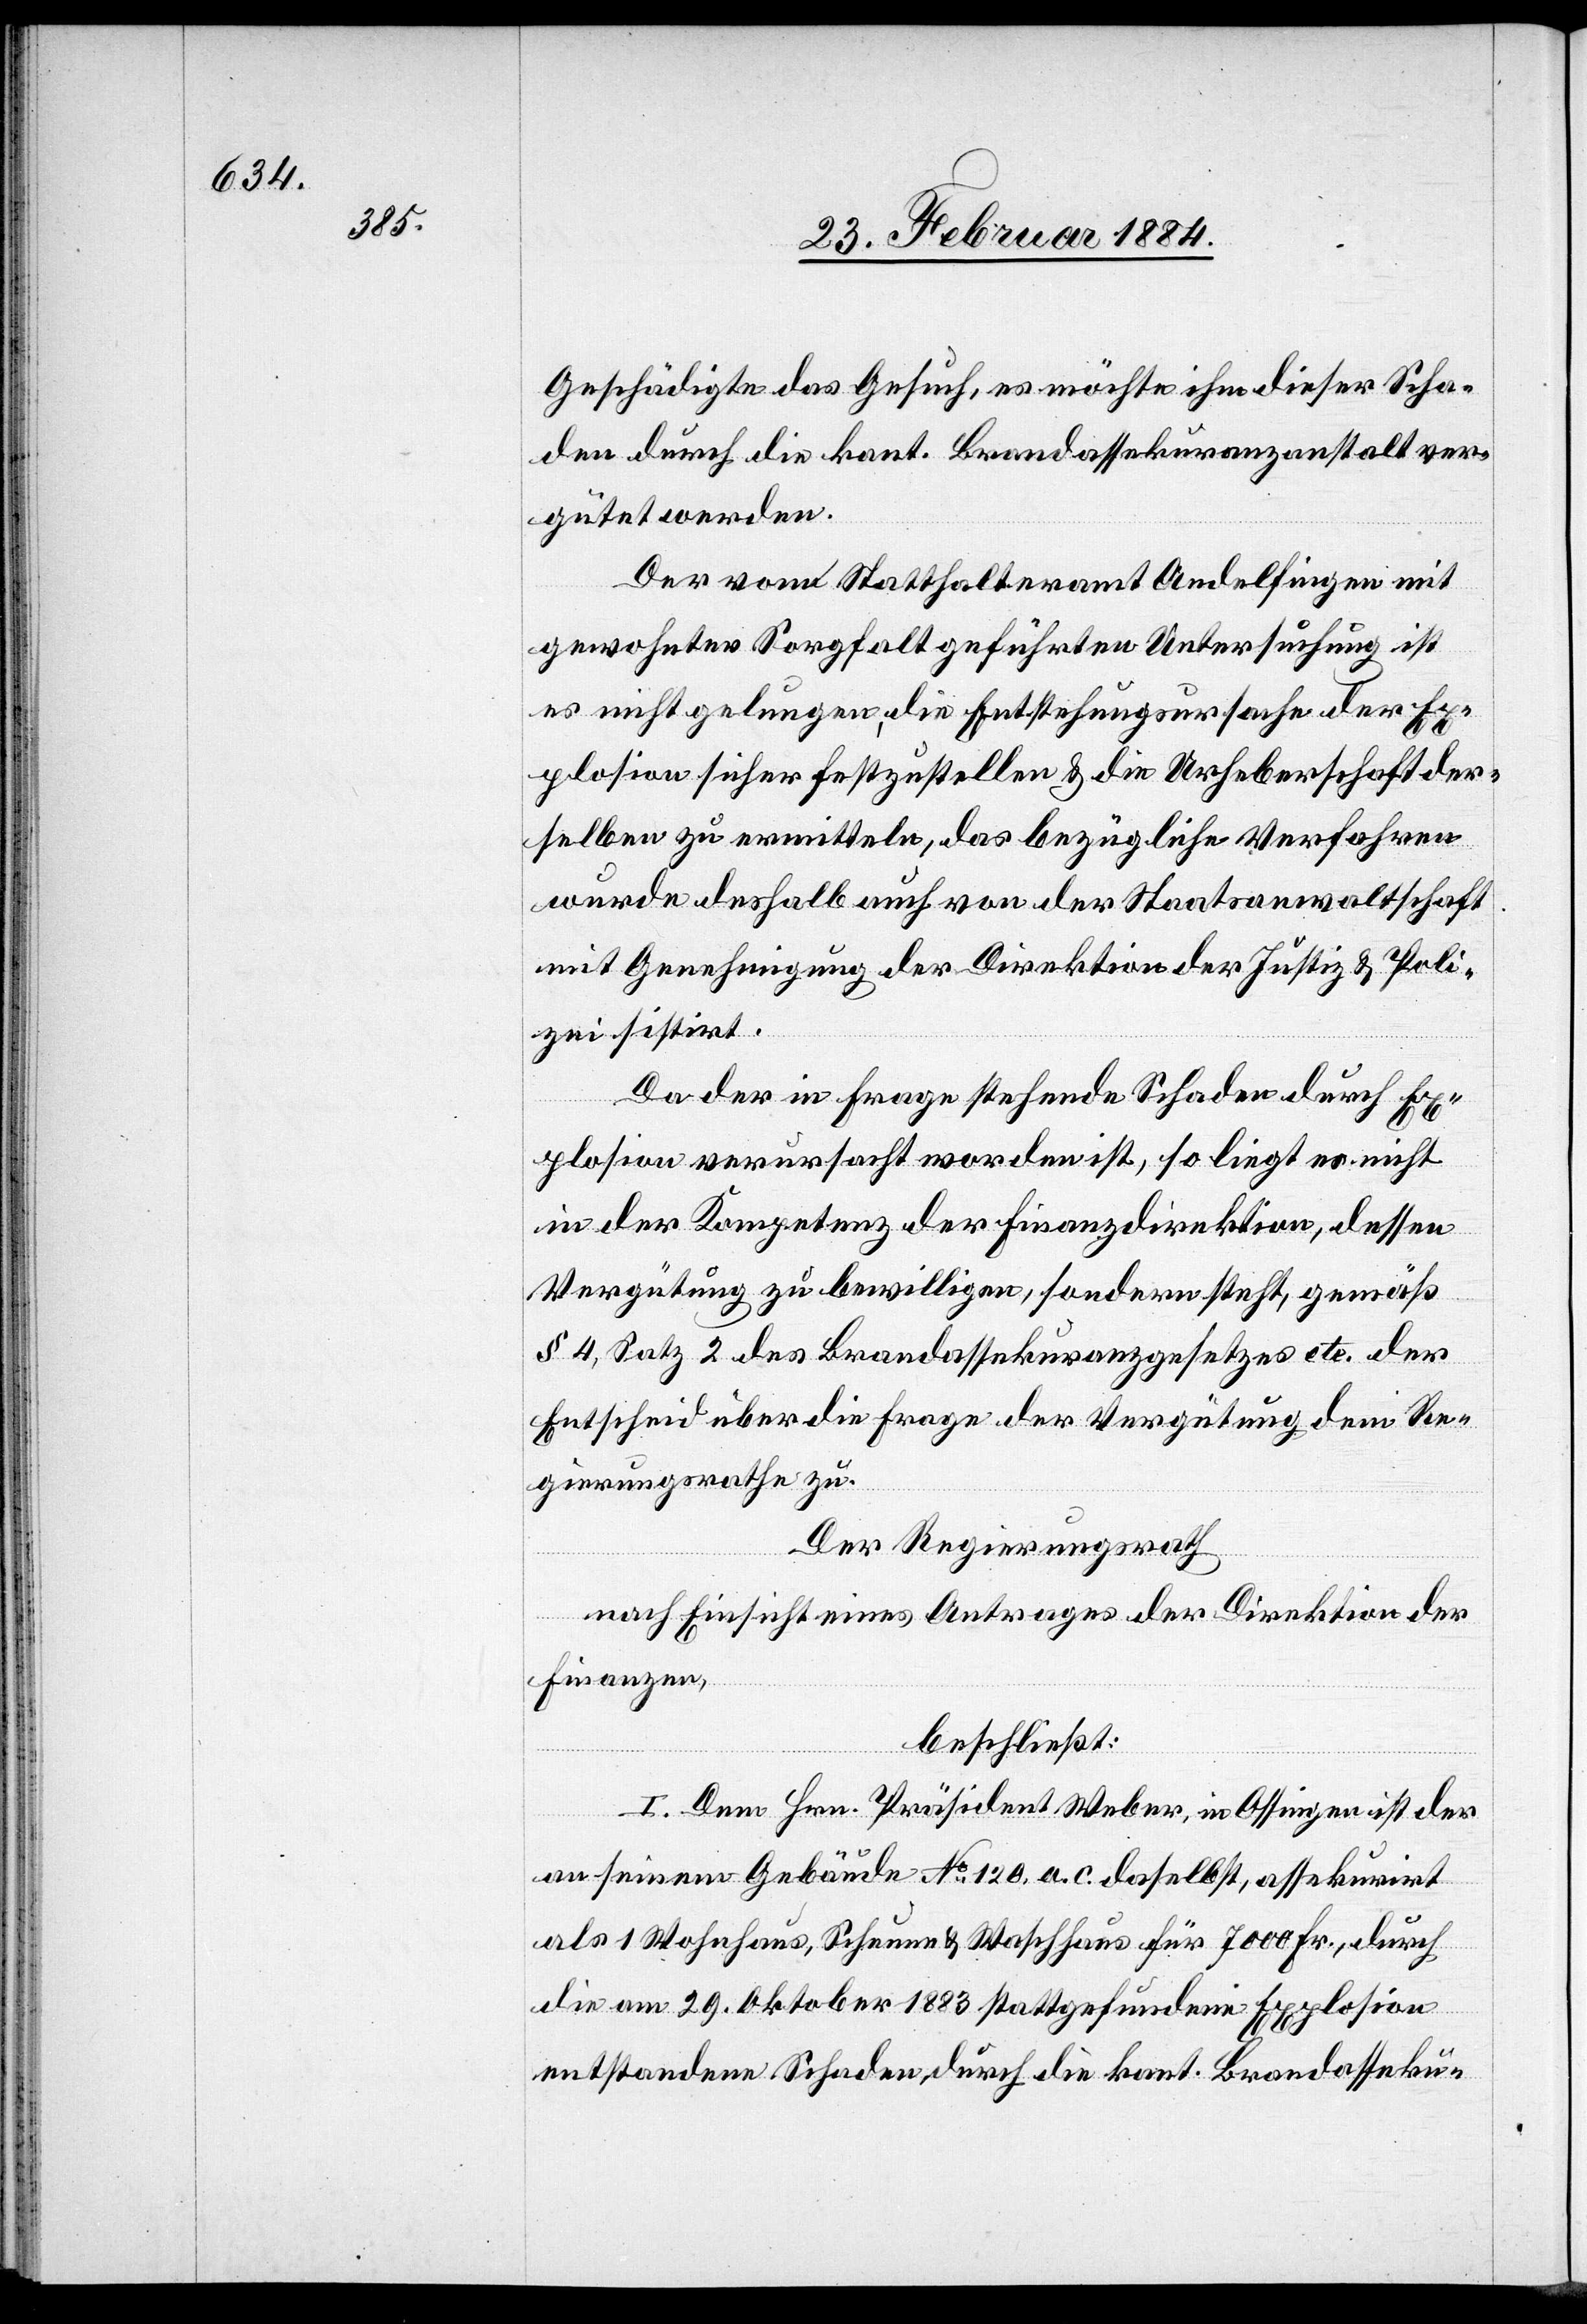
Geschädigte das Gesuch, es möchte ihm dieser Scha¬
den durch die kant. Brandassekuranzanstalt ver¬
gütet werden.
Der vom Statthalteramt Andelfingen mit
gewohnter Sorgfalt geführten Untersuchungen ist
es nicht gelungen, die Entstehungsursache der Ex¬
plosion sicher festzustellen & die Urheberschaft der¬
selben zu ermitteln, das bezügliche Verfahren
wurde deshalb auch von der Staatsanwaltschaft
mit Genehmigung der Direktion der Justiz & Poli¬
zei sistirt.
Da der in Frage stehende Sachschaden durch Ex¬
plosion verursacht worden ist, so liegt es nicht
in der Kompetenz der Finanzdirektion, dessen
Vergütung zu bewilligen, sondern steht, gemäß
§ 4, Satz 2 des Brandassekuranzgesetzes etc. der
Entscheid über die Frage der Vergütung dem Re¬
gierungsrathe zu.
Der Regierungsrath
nach Einsicht eines Antrages der Direktion der
Finanzen,
beschließt:
I. Dem Hrn. Präsident Weber, in Ossingen ist der
an seinem Gebäude No 120 a. c. daselbst assekurirt
als 1 Wohnhaus, Scheune & Waschhaus für 7000 Fr. durch
die am 29. Oktober 1883 stattgefundene Explosion
entstandene Schaden, durch die kant. Brandaseku-